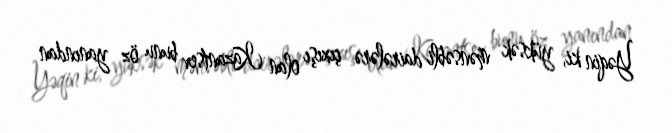
Yəqin ki, yüksək mənsəbli dairələrə çıxışı olan Kazantsev bunu öz yanından